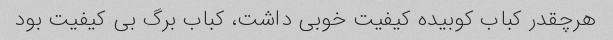
هرچقدر کباب کوبیده کیفیت خوبی داشت، کباب برگ بی کیفیت بود